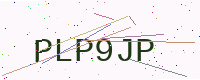
Text: PLP9JP